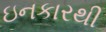
ઇનકારથી